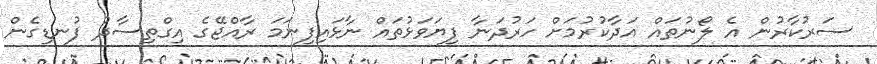
ސަރުކާރުން އެ ލޯނުތައް އަދާކުރުމަށް ހަރުދަނާ ފިޔަވަޅުތައް ނާޅައިފިނަމަ ރާއްޖޭގެ އިގްތިސާދު ފުނޑިގެން